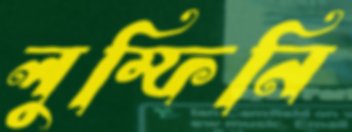
লুম্ফিনি